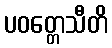
ပဝတ္တေသီတိ